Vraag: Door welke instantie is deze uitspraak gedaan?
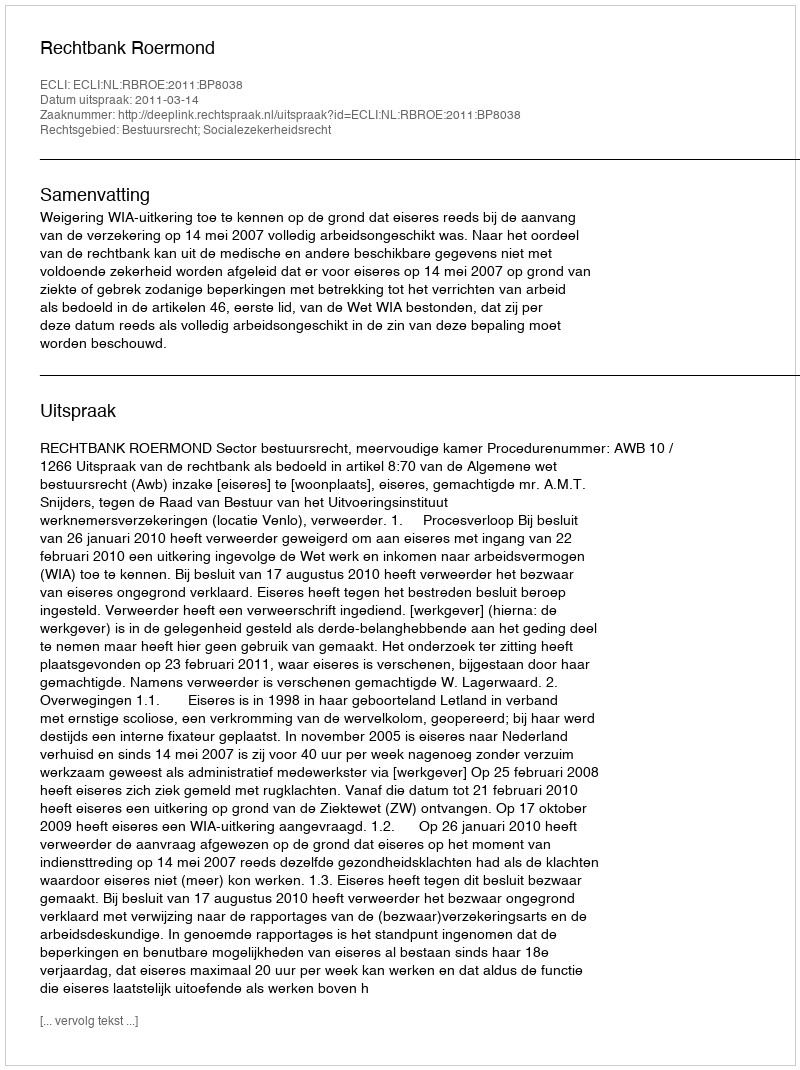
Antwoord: Rechtbank Roermond